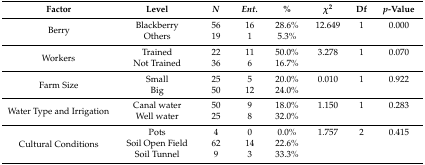
<table><thead><tr><td><b>Factor</b></td><td><b>Level</b></td><td><b><i>N</i></b></td><td><b><i>Ent.</i></b></td><td><b>%</b></td><td><b><i>χ</i><sup>2</sup></b></td><td><b>Df</b></td><td><b><i>p</i>-Value</b></td></tr></thead><tbody><tr><td rowspan="2">Berry</td><td>Blackberry</td><td>56</td><td>16</td><td>28.6%</td><td>12.649</td><td>1</td><td>0.000</td></tr><tr><td>Others</td><td>19</td><td>1</td><td>5.3%</td><td></td><td></td><td></td></tr><tr><td rowspan="2">Workers</td><td>Trained</td><td>22</td><td>11</td><td>50.0%</td><td>3.278</td><td>1</td><td>0.070</td></tr><tr><td>Not Trained</td><td>36</td><td>6</td><td>16.7%</td><td></td><td></td><td></td></tr><tr><td rowspan="2">Farm Size</td><td>Small</td><td>25</td><td>5</td><td>20.0%</td><td>0.010</td><td>1</td><td>0.922</td></tr><tr><td>Big</td><td>50</td><td>12</td><td>24.0%</td><td></td><td></td><td></td></tr><tr><td rowspan="2">Water Type and Irrigation</td><td>Canal water</td><td>50</td><td>9</td><td>18.0%</td><td>1.150</td><td>1</td><td>0.283</td></tr><tr><td>Well water</td><td>25</td><td>8</td><td>32.0%</td><td></td><td></td><td></td></tr><tr><td rowspan="3">Cultural Conditions</td><td>Pots</td><td>4</td><td>0</td><td>0.0%</td><td>1.757</td><td>2</td><td>0.415</td></tr><tr><td>Soil Open Field</td><td>62</td><td>14</td><td>22.6%</td><td></td><td></td><td></td></tr><tr><td>Soil Tunnel</td><td>9</td><td>3</td><td>33.3%</td><td></td><td></td><td></td></tr></tbody></table>